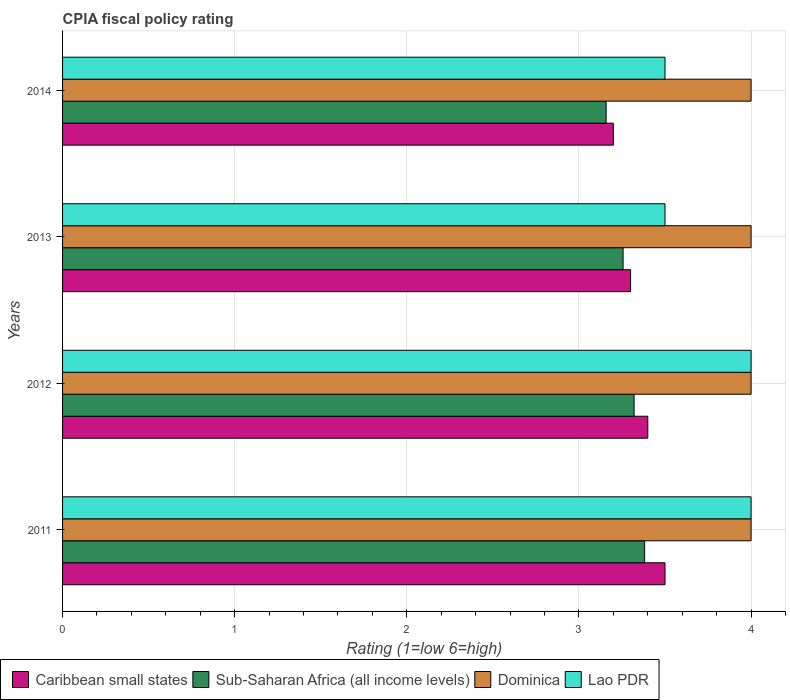
| Years | Caribbean small states | Sub-Saharan Africa (all income levels) | Dominica | Lao PDR |
 | --- | --- | --- | --- | --- |
 | 2011 | 3.5 | 3.38 | 4 | 4 |
 | 2012 | 3.4 | 3.32 | 4 | 4 |
 | 2013 | 3.3 | 3.26 | 4 | 3.5 |
 | 2014 | 3.2 | 3.16 | 4 | 3.5 |